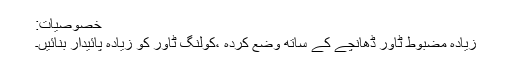
خصوصیات:
زیادہ مضبوط ٹاور ڈھانچے کے ساتھ وضع کردہ ،کولنگ ٹاور کو زیادہ پائیدار بنائیں۔